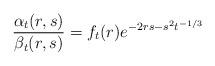
\begin{align*}\frac{\alpha_{t}(r,s)}{\beta_{t}(r,s)}=f_{t}(r)e^{-2rs-s^2{t}^{-1/3}}\end{align*}